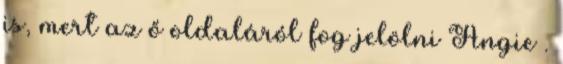
is, mert az ő oldaláról fog jelölni Angie .